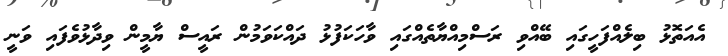
އެއަތޮޅު ބިލެއްފަހީގައި ބޭއްވި ރަސްމިއްޔާތެއްގައި ވާހަކަފުޅު ދައްކަވަމުން ރައީސް ޔާމީން ވިދާޅުވެފައި ވަނީ